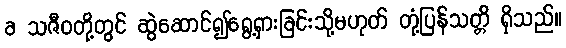
ခ သဇီဝတို့တွင် ဆွဲဆောင်၍ရွေ့ရှားခြင်းသို့မဟုတ် တုံ့ပြန်သတ္တိ ရှိသည်။